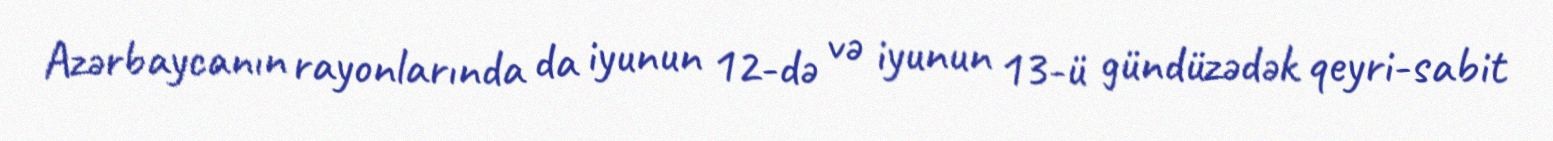
Azərbaycanın rayonlarında da iyunun 12-də və iyunun 13-ü gündüzədək qeyri-sabit